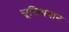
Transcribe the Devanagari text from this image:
सूक्तिप्रधान